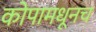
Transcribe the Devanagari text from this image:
कोपामधूनच